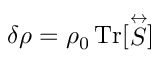
\delta \rho = \rho _ { 0 } \, \mathrm { T r } [ \stackrel { \leftrightarrow } { S } ]